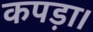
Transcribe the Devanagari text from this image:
कपड़ा।